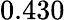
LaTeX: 0.430^{}